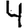
Digit: 4